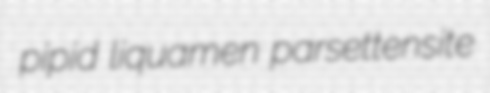
pipid liquamen parsettensite